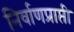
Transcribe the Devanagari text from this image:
निर्वाणप्राप्ती